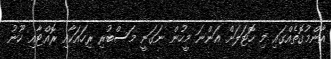
އާންމުގޮތެއްގައި މި ހޮޓަލަށް އަންނަ މީހުން ނަގަނީ މަސްބުރި ރިހައަކާއި ރޮއްޓާއި ހޫނު